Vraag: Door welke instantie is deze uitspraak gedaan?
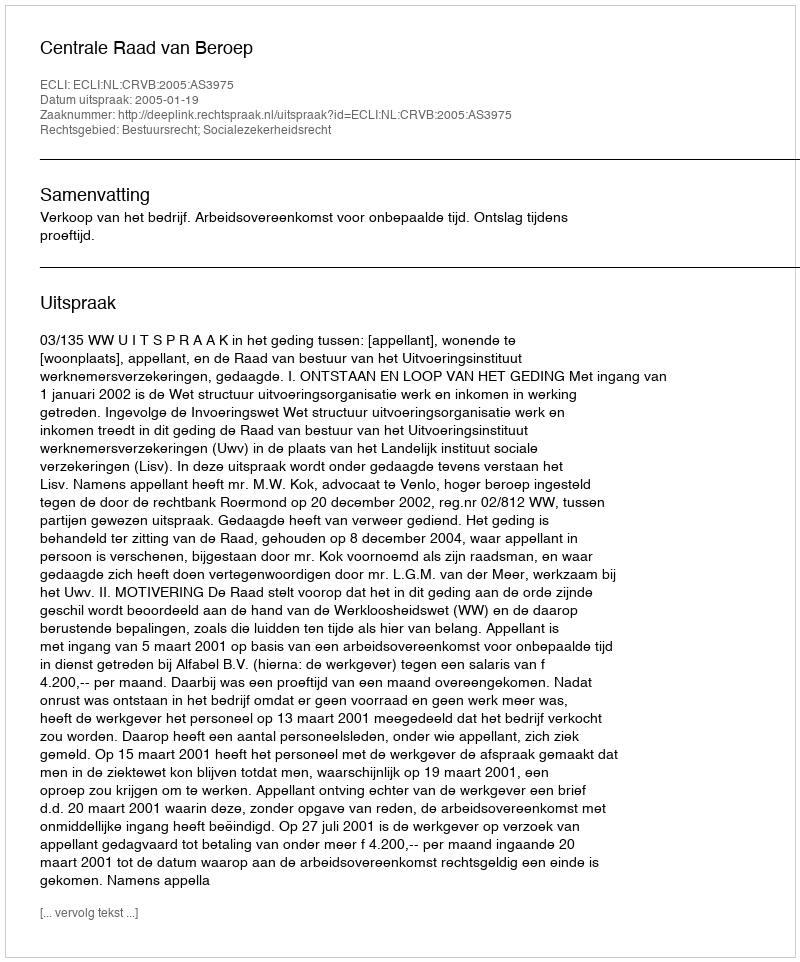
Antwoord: Centrale Raad van Beroep